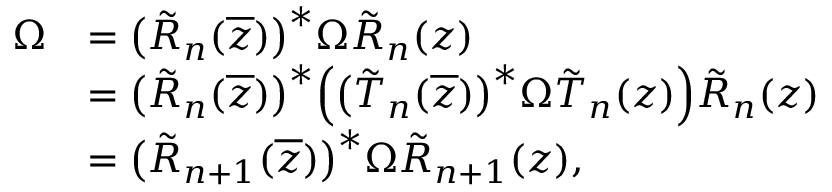
\begin{array} { r l } { \Omega } & { = \big ( \tilde { R } _ { n } ( \overline { { z } } ) \big ) ^ { * } \Omega \tilde { R } _ { n } ( z ) } \\ & { = \big ( \tilde { R } _ { n } ( \overline { { z } } ) \big ) ^ { * } \Big ( \big ( \tilde { T } _ { n } ( \overline { { z } } ) \big ) ^ { * } \Omega \tilde { T } _ { n } ( z ) \Big ) \tilde { R } _ { n } ( z ) } \\ & { = \big ( \tilde { R } _ { n + 1 } ( \overline { { z } } ) \big ) ^ { * } \Omega \tilde { R } _ { n + 1 } ( z ) , } \end{array}